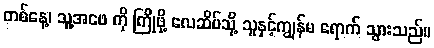
တစ်နေ့၊ သူ့အဖေ ကို ကြိုဖို့ လေဆိပ်သို့ သူနှင့်ကျွန်မ ရောက် သွားသည်။